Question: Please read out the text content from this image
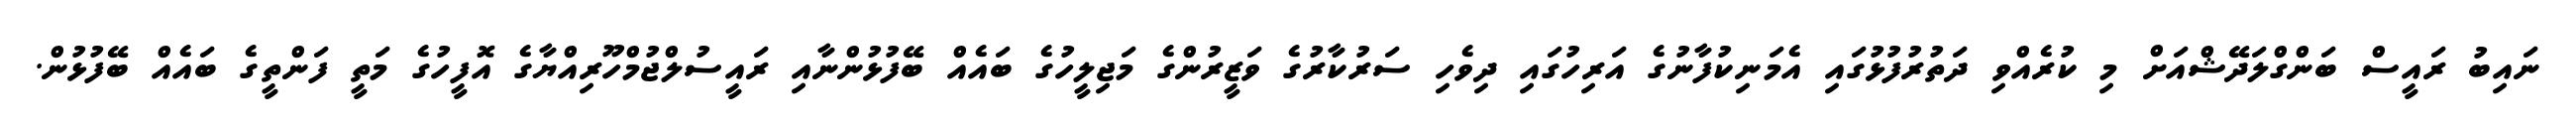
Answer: ނައިބު ރައީސް ބަންގްލަދޭޝްއަށް މި ކުރެއްވި ދަތުރުފުޅުގައި އެމަނިކުފާނުގެ އަރިހުގައި ދިވެހި ސަރުކާރުގެ ވަޒީރުންގެ މަޖިލީހުގެ ބައެއް ބޭފުޅުންނާއި ރައީސުލްޖުމްހޫރިއްޔާގެ އޮފީހުގެ މަތީ ފަންތީގެ ބައެއް ބޭފުޅުން.